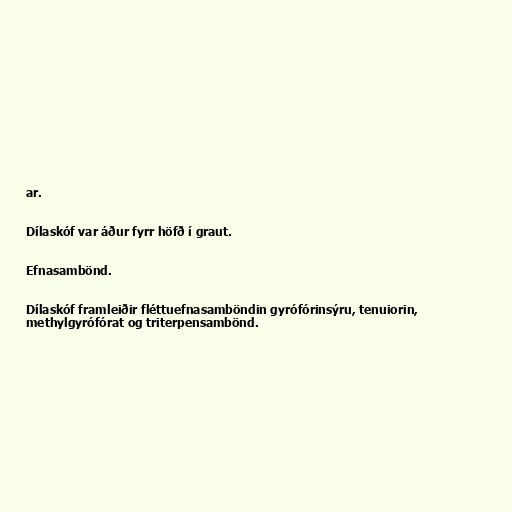
ar.

Dílaskóf var áður fyrr höfð í graut.

Efnasambönd.

Dílaskóf framleiðir fléttuefnasamböndin gyrófórinsýru, tenuiorin,
methylgyrófórat og triterpensambönd.